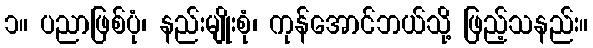
၁။ ပညာဖြစ်ပုံ၊ နည်းမျိုးစုံ၊ ကုန်အောင်ဘယ်သို့ ဖြည့်သနည်း။